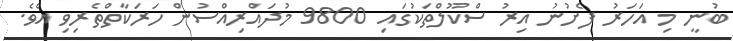
ބުނީ މި އަހަރު ފެށުނު އިރު ސްކޫލްތަކުގައި 9800 މުދައްރިއްސުން ހަރަކާތްތެރިވި އެވެ.